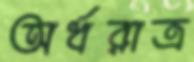
অর্ধরাত্র